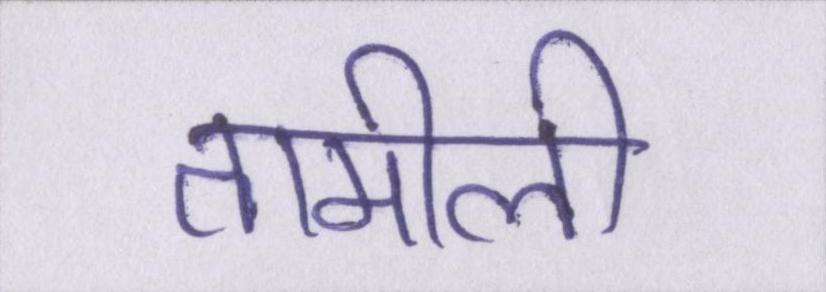
तामीली